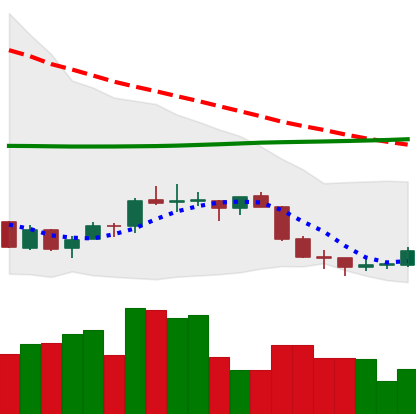
Ticker: EOS-USD
Chart end date: 2018-07-15
Forward return: 6.661%
Label: up_5_7